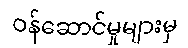
ဝန်ဆောင်မှုများမှ